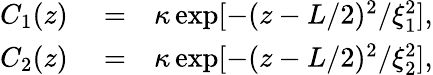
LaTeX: \begin{array}{r}{\begin{array}{rlr}{C_{1}(z)}&{{}=}&{\kappa\exp[-(z-L/2)^{2}/\xi_{1}^{2}],}\\ {C_{2}(z)}&{{}=}&{\kappa\exp[-(z-L/2)^{2}/\xi_{2}^{2}],}\end{array}}\end{array}